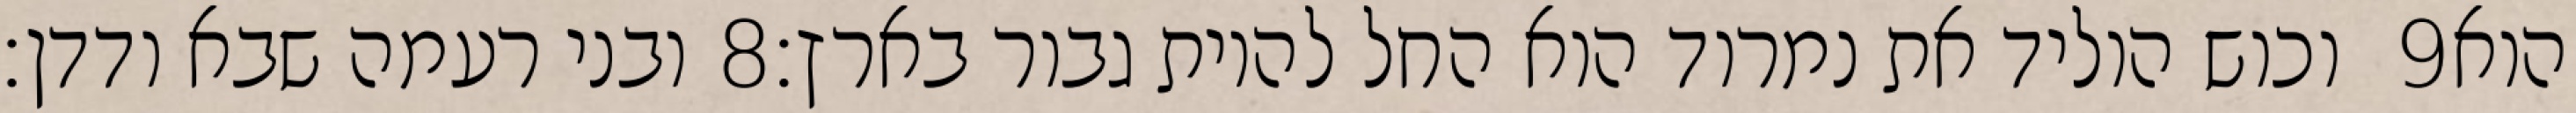
ובני רעמה שבא ודדן׃ ‎8‏ וכוש הוליד את נמרוד הוא החל להיות גבור בארץ׃ ‎9‏ הוא